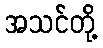
အသင်တို့